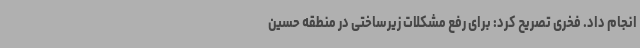
انجام داد. فخری تصریح کرد: برای رفع مشکلات زیرساختی در منطقه حسین